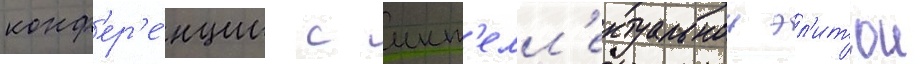
конф'ер'е́нции с инт'елл'ектуальнои эл'итои